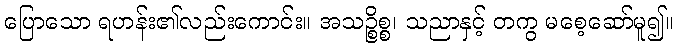
ပြောသော ရဟန်း၏လည်းကောင်း။ အသဉ္စိစ္စ၊ သညာနှင့် တကွ မစေ့ဆော်မူ၍။